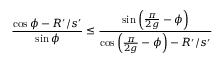
\frac { \cos \phi - R ^ { \prime } / s ^ { \prime } } { \sin \phi } \leq \frac { \sin \left( \frac { \pi } { 2 g } - \phi \right) } { \cos \left( \frac { \pi } { 2 g } - \phi \right) - R ^ { \prime } / s ^ { \prime } }